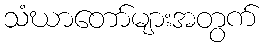
သံဃာတော်များအတွက်